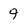
Character: 9